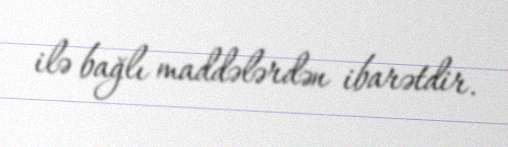
ilə bağlı maddələrdən ibarətdir.